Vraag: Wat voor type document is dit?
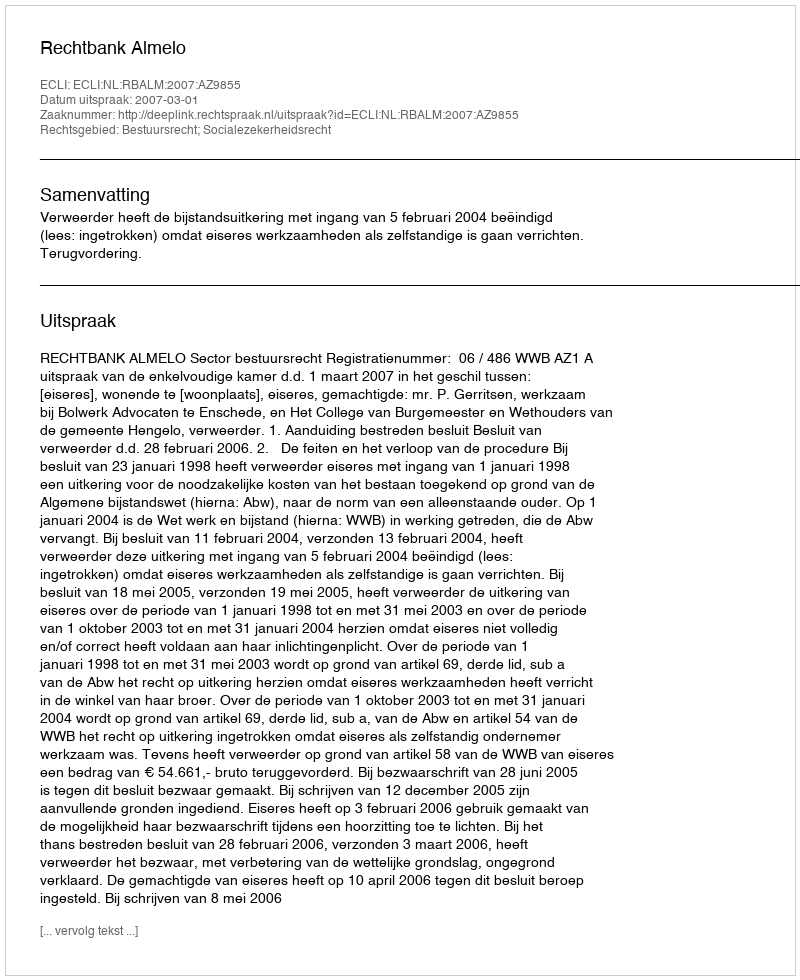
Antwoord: Uitspraak